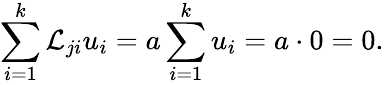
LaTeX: \sum_{i=1}^{k}{\cal L}_{ji}u_{i}=a\sum_{i=1}^{k}u_{i}=a\cdot 0=0.